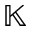
\mathbb { K }